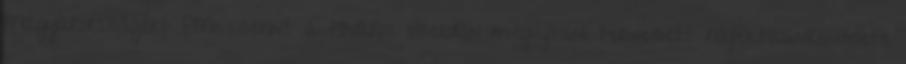
Magyarországért PM szerint a főváros szerdán megújítani tervezett hajléktalanrendelete